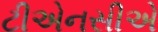
ટીએનસીએ